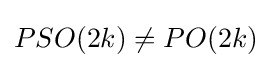
PSO(2k)\neq PO(2k)